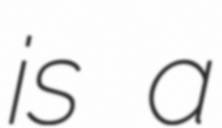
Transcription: is a